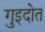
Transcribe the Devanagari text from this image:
गुइदोत